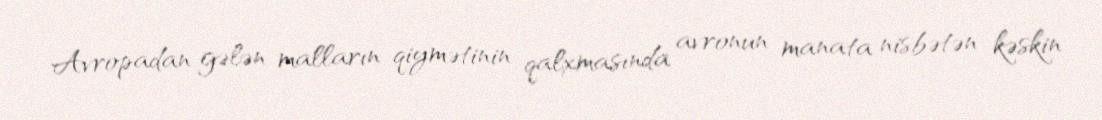
Avropadan gələn malların qiymətinin qalxmasında avronun manata nisbətən kəskin